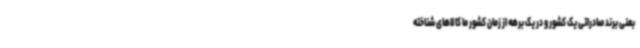
بعنی برند صادراتی یک کشور و در یک برهه از زمان کشور ما کالاهای شناخته